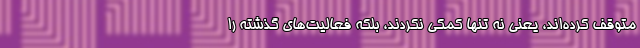
متوقف کرده‌اند، یعنی نه تنها کمکی نکردند، بلکه فعالیت‌های گذشته‌ را